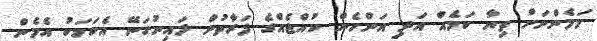
މަމެންނަށް ތިޔާ ކަމެއް އަދި އަންހެން ކުއްޖެއްގެ ފަރާތުން ލައިނުގަނޭ އެކަމަކު އެމެން